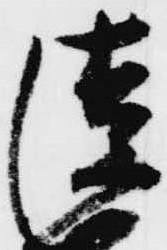
清